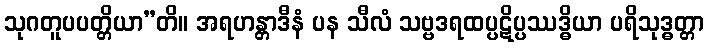
သုဂတူပပတ္တိယာ”တိ။ အရဟန္တာဒီနံ ပန သီလံ သဗ္ဗဒရထပ္ပဋိပ္ပဿဒ္ဓိယာ ပရိသုဒ္ဓတ္တာ